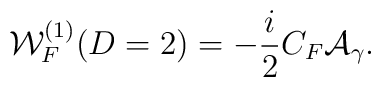
{\cal W}^{(1)}_F (D=2)=-\frac{i}{2}C_F {\cal A}_{\gamma}.